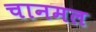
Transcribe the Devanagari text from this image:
चानमल